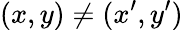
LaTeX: (x,y)\neq(x^{\prime},y^{\prime})